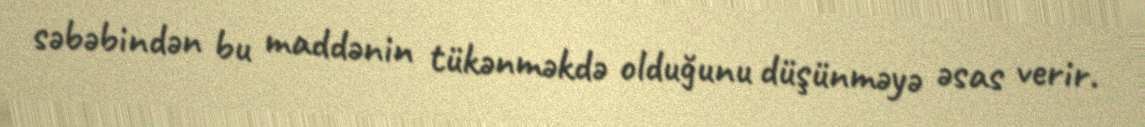
səbəbindən bu maddənin tükənməkdə olduğunu düşünməyə əsas verir.